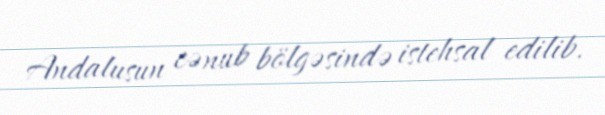
Andalusun cənub bölgəsində istehsal edilib.